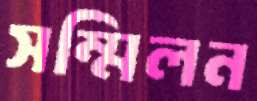
সম্মিলন